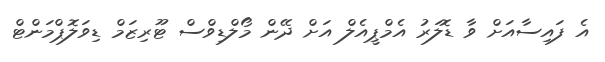
އެ ފައިސާއަށް ވާ ޑޮލަރު އެމްޕީއެލް އަށް ދޭން މޯލްޑިވްސް ޓޫރިޒަމް ޑިވަލޮޕްމަންޓް